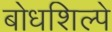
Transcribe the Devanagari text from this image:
बोधशिल्पे